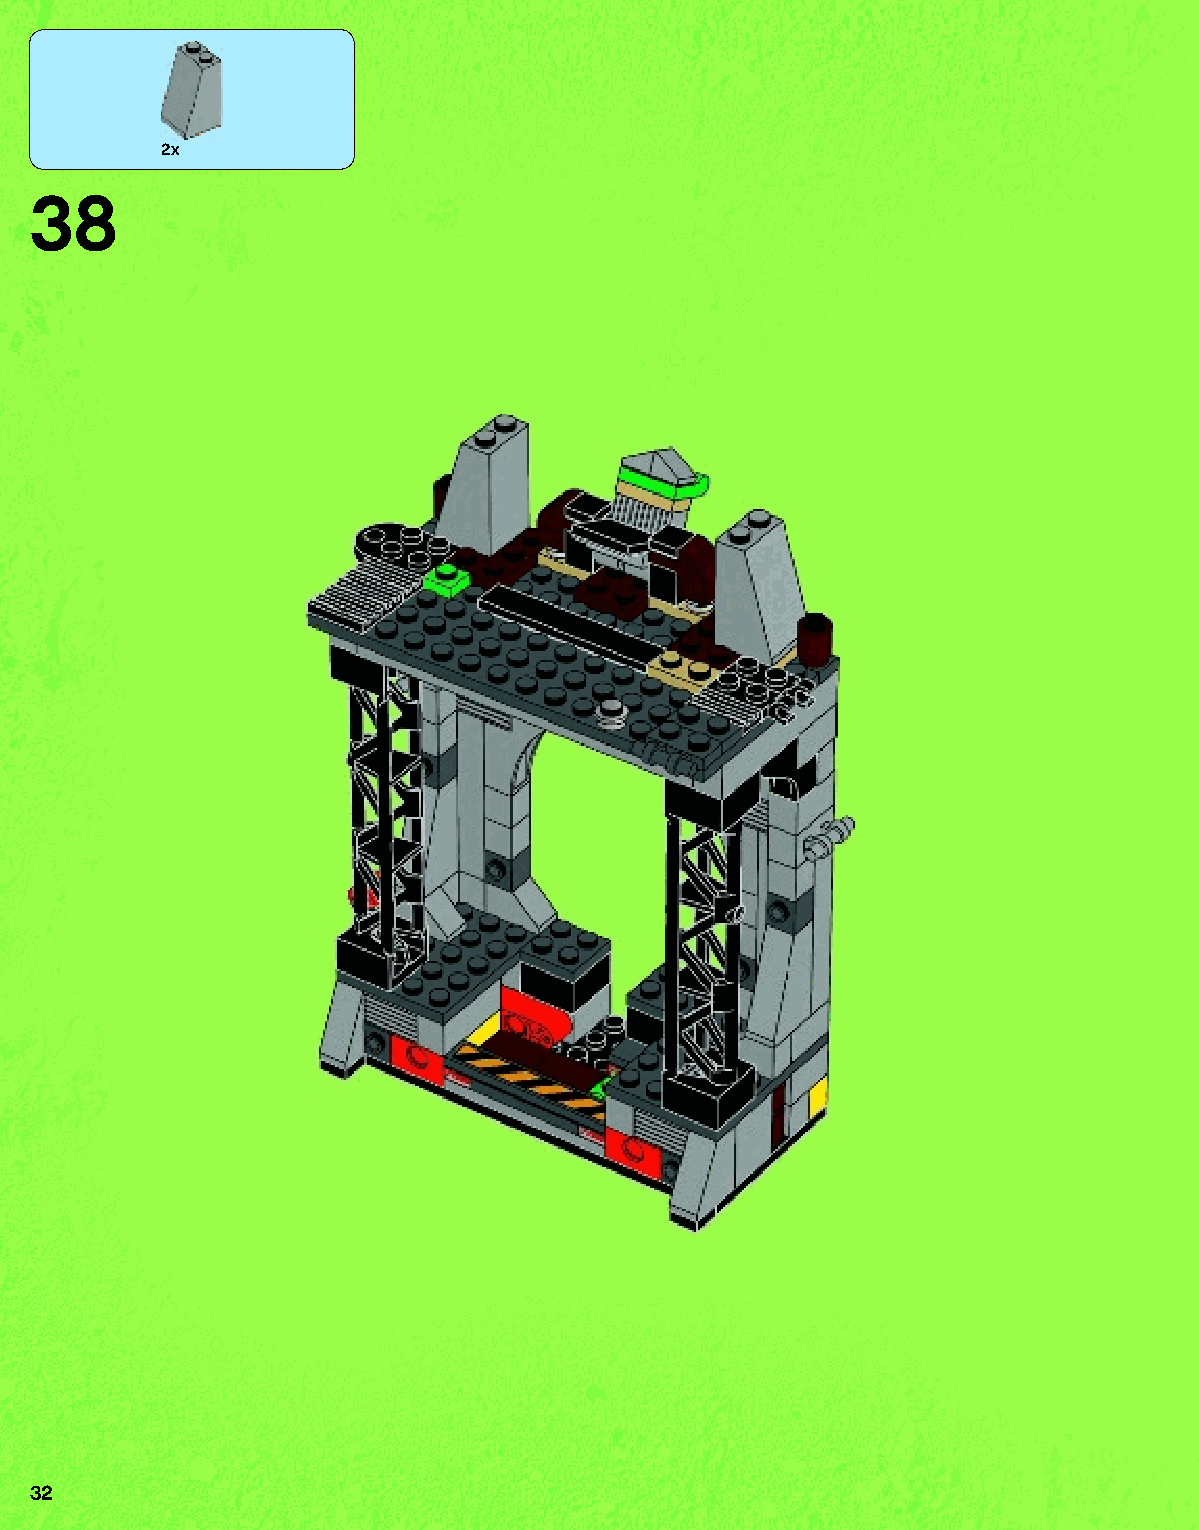
2x
 38
 32
 79117_Book1.indd 32                                               01/11/2013 4:33 PM